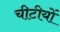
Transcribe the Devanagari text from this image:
चीटीयों